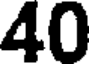
40